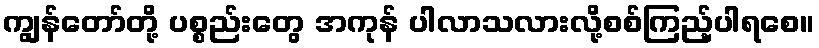
ကျွန်တော်တို့ ပစ္စည်းတွေ အကုန် ပါလာသလားလို့စစ်ကြည့်ပါရစေ။